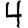
Digit: 4